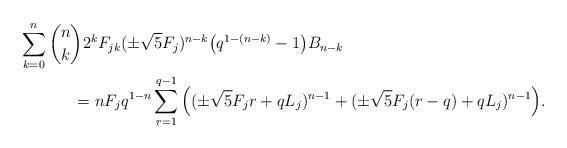
LaTeX: \begin{align*}\sum_{k=0}^{n} {n\choose k} 2^k F_{jk}& (\pm \sqrt{5}F_j )^{n-k} \big ( q^{1-(n-k)} - 1 \big ) B_{n-k}\\= n F_j& q^{1-n} \sum_{r=1}^{q-1} \Big ( (\pm\sqrt{5} F_j r + q L_j )^{n-1} + (\pm\sqrt{5} F_j (r-q) + q L_j )^{n-1}\Big ).\end{align*}